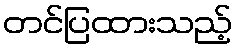
တင်ပြထားသည့်